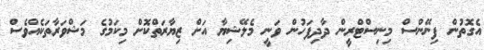
އެގޮތުން ފިނޭންސް މިނިސްޓްރީން ދާދިފަހުން ވަނީ މެލޭޝިޔާ އަށް ޒިޔާރަތްކޮށް މިކަމުގެ މަޝްވަރާތަކެއްވެސް